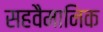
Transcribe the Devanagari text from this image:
सहवैमानिक